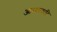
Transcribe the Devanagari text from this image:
आरण्यकादि